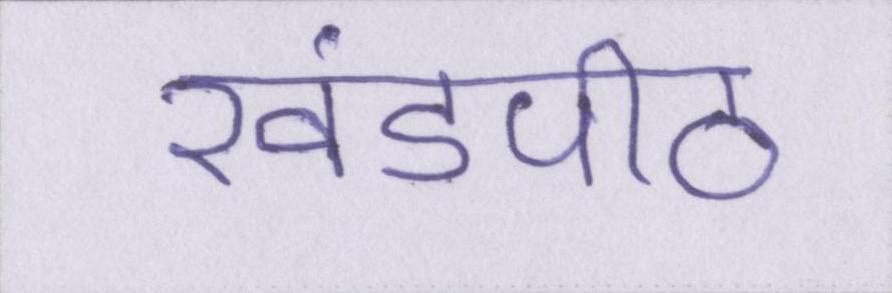
खंडपीठ